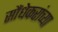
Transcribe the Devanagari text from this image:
सौंधेकरांच्या